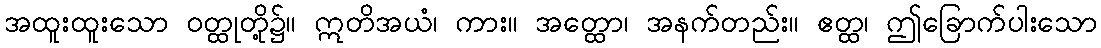
အထူးထူးသော ဝတ္ထုတို့၌။ ဣတိအယံ၊ ကား။ အတ္ထော၊ အနက်တည်း။ ဧတ္ထ၊ ဤခြောက်ပါးသော